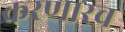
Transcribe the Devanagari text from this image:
करणारच